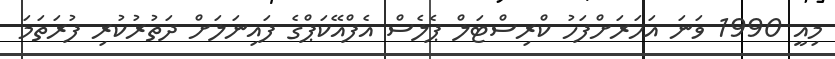
މިއީ 1990 ވަނަ އަހަރަށްފަހު ކްރިސްޓަލް ޕެލެސް އެފްއޭކަޕްގެ ފައިނަލަށް ދަތުރުކުރި ފުރަތަމަ